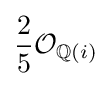
{\frac {2}{5}}{\mathcal {O}}_{\mathbb {Q} (i)}